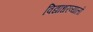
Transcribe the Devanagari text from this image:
विद्याधरव्यालों